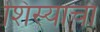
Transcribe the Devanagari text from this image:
शिस्याचा